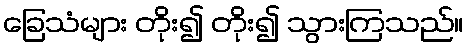
ခြေသံများ တိုး၍ တိုး၍ သွားကြသည်။